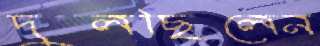
দুলছিলেন